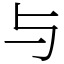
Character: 与